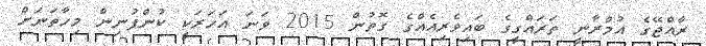
ރާއްޖޭގެ އުމްރާނީ ތަރައްގީގެ ބައިވެރިއެއްގެ ގޮތުން 2015 ވަނަ އަހަރަކީ ކުންފުނިން މިހާތަނަށް